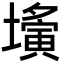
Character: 𡒕